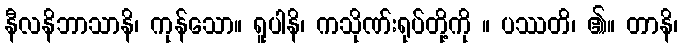
နီလနိဘာသာနိ၊ ကုန်သော။ ရူပါနိ၊ ကသိုဏ်းရုပ်တို့ကို ။ ပဿတိ၊ ၏။ တာနိ၊